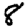
Digit: 8